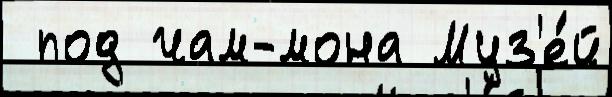
 под чам-мона Муз'е́й